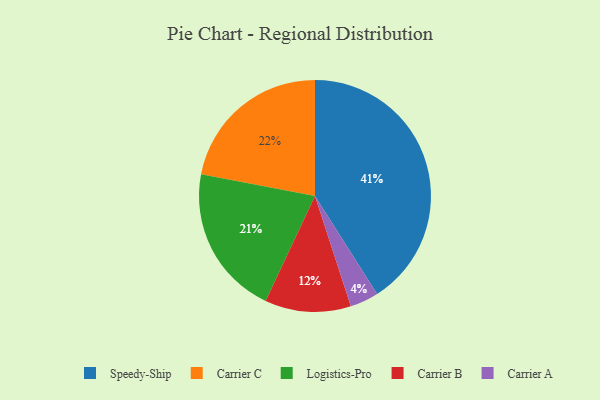
{"axis": {"x": "Category", "y": "Percentage"}, "legend": ["Carrier A", "Carrier B", "Carrier C", "Logistics-Pro", "Speedy-Ship"], "data": [{"x": "Carrier C", "y": 22, "type": "Carrier C"}, {"x": "Logistics-Pro", "y": 21, "type": "Logistics-Pro"}, {"x": "Speedy-Ship", "y": 41, "type": "Speedy-Ship"}, {"x": "Carrier A", "y": 4, "type": "Carrier A"}, {"x": "Carrier B", "y": 12, "type": "Carrier B"}]}